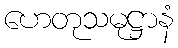
ဟေတုသမုဋ္ဌာနံ